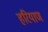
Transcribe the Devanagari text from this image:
हरियाण